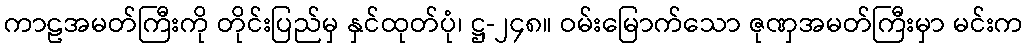
ကာဠအမတ်ကြီးကို တိုင်းပြည်မှ နှင်ထုတ်ပုံ၊ ဋ္ဌ-၂၄၈။ ဝမ်းမြောက်သော ဇုဏှအမတ်ကြီးမှာ မင်းက